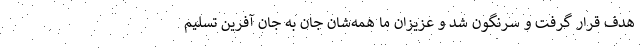
هدف قرار گرفت و سرنگون شد و عزیزان ما همه‌شان جان به جان آفرین تسلیم